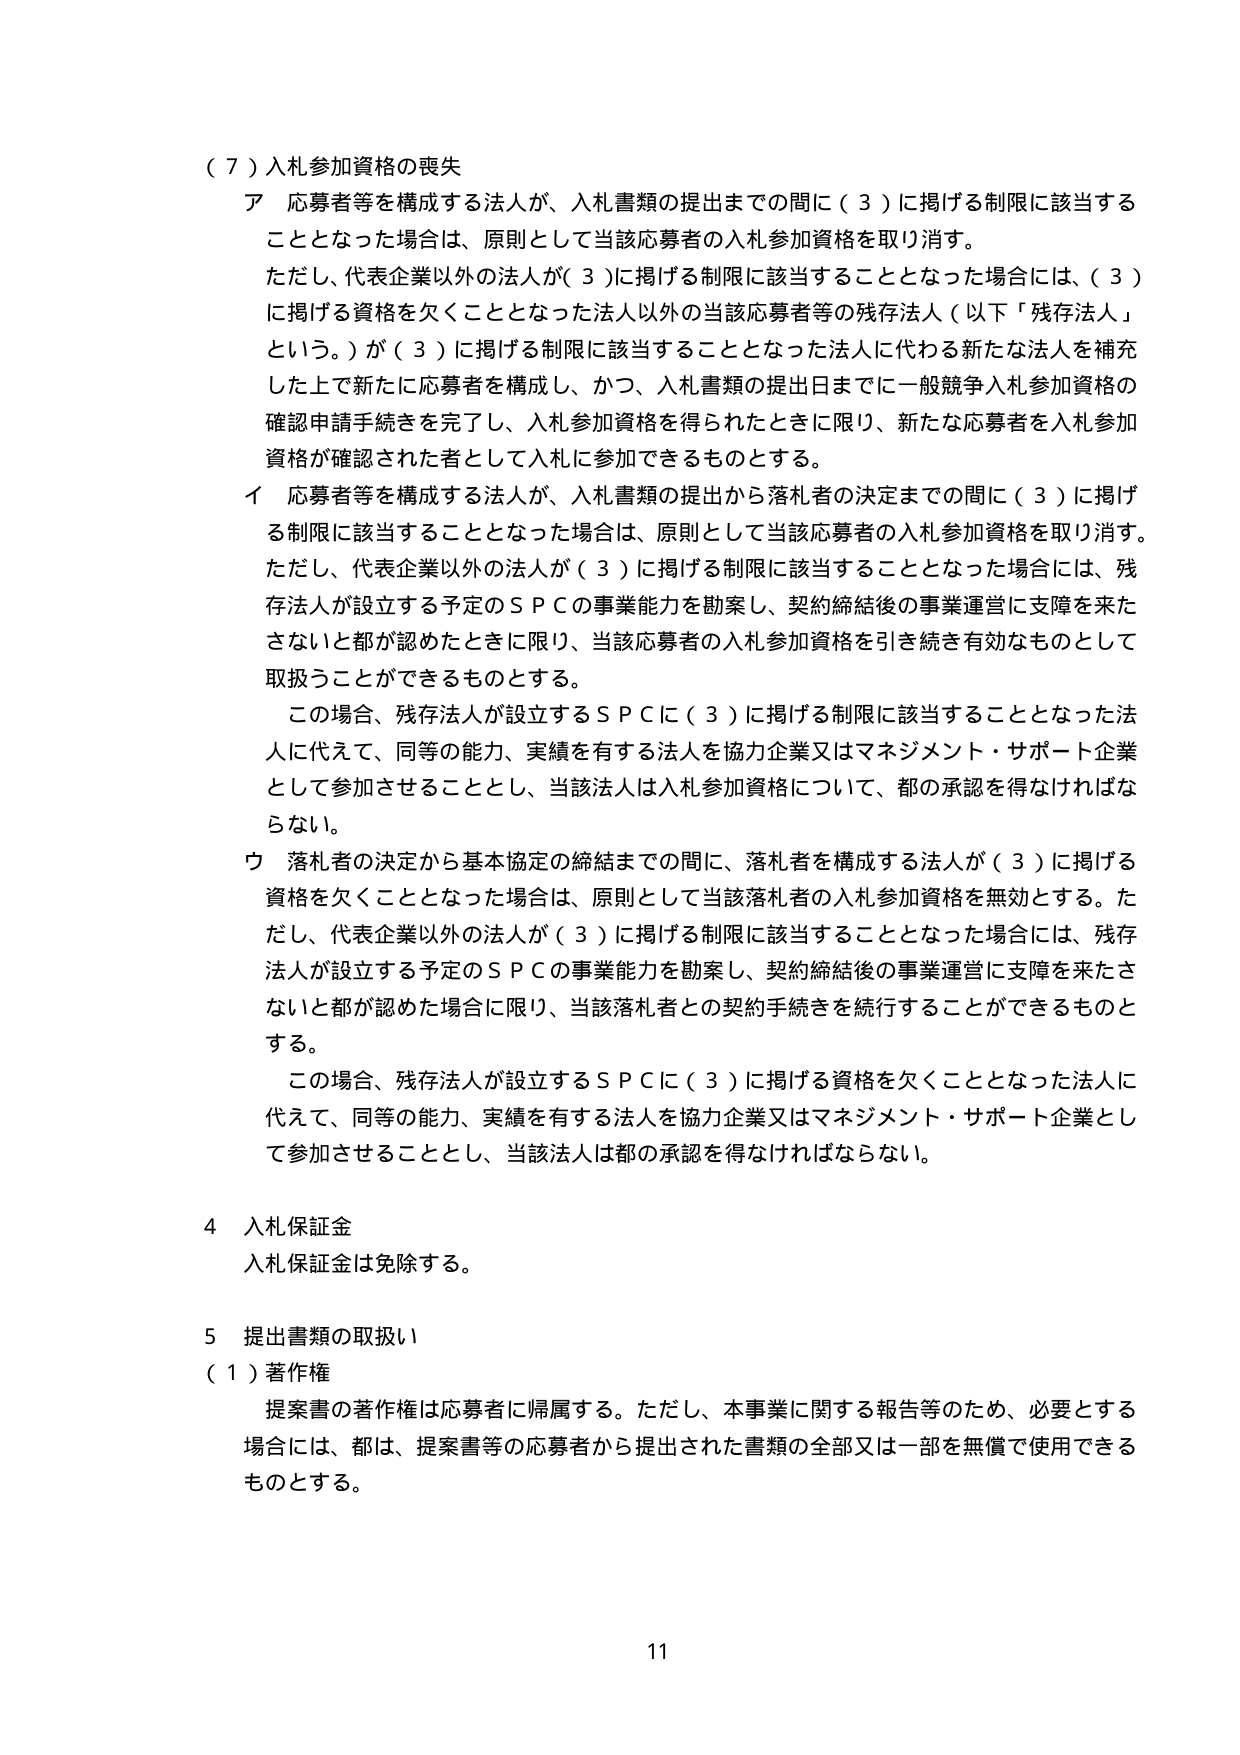
（７）入札参加資格の喪失
ア 応募者等を構成する法人が、入札書類の提出までの間に（３）に掲げる制限に該当することとなった場合は、原則として当該応募者の入札参加資格を取り消す。
ただし、代表企業以外の法人が（３）に掲げる制限に該当することとなった場合には、（３）に掲げる資格を欠くこととなった法人以外の当該応募者等の残存法人（以下「残存法人」という。）が（３）に掲げる制限に該当することとなった法人に代わる新たな法人を補充した上で新たに応募者を構成し、かつ、入札書類の提出日までに一般競争入札参加資格の確認申請手続きを完了し、入札参加資格を得られたときに限り、新たな応募者を入札参加資格が確認された者として入札に参加できるものとする。
イ 応募者等を構成する法人が、入札書類の提出から落札者の決定までの間に（３）に掲げる制限に該当することとなった場合は、原則として当該応募者の入札参加資格を取り消す。
ただし、代表企業以外の法人が（３）に掲げる制限に該当することとなった場合には、残存法人が設立する予定のＳＰＣの事業能力を勘案し、契約締結後の事業運営に支障を来たさないと都が認めたときに限り、当該応募者の入札参加資格を引き続き有効なものとして取扱うことができるものとする。
この場合、残存法人が設立するＳＰＣに（３）に掲げる制限に該当することとなった法人に代えて、同等の能力、実績を有する法人を協力企業又はマネジメント・サポート企業として参加させることとし、当該法人は入札参加資格について、都の承認を得なければならない。
ウ 落札者の決定から基本協定の締結までの間に、落札者を構成する法人が（３）に掲げる資格を欠くこととなった場合は、原則として当該落札者の入札参加資格を無効とする。ただし、代表企業以外の法人が（３）に掲げる制限に該当することとなった場合には、残存法人が設立する予定のＳＰＣの事業能力を勘案し、契約締結後の事業運営に支障を来たさないと都が認めた場合に限り、当該落札者との契約手続きを続行することができるものとする。
この場合、残存法人が設立するＳＰＣに（３）に掲げる資格を欠くこととなった法人に代えて、同等の能力、実績を有する法人を協力企業又はマネジメント・サポート企業として参加させることとし、当該法人は都の承認を得なければならない。

４ 入札保証金
入札保証金は免除する。

５ 提出書類の取扱い
（１）著作権
提案書の著作権は応募者に帰属する。ただし、本事業に関する報告等のため、必要とする場合には、都は、提案書等の応募者から提出された書類の全部又は一部を無償で使用できるものとする。

11